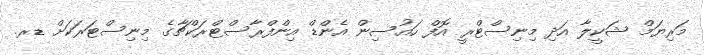
މަރިޔަމް ޝަކީލާ އަދި މިނިސްޓްރީ އޮފް ހައުސިން އެންޑް އިންފްރާސްޓްރަކްޗާގެ މިނިސްޓަރަކަށް ޑރ.